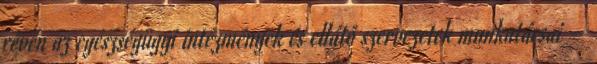
révén az egészségügyi intézmények és ellátó szervezetek munkatársai –